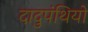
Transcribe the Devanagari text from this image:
दादुपंथियो